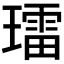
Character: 𱯩